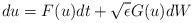
LaTeX: \begin{align*}du = F(u)dt + \sqrt{\epsilon}G(u) dW\end{align*}